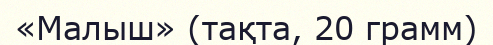
«Малыш» (тақта, 20 грамм)